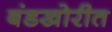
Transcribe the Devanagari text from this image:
बंडखोरीत